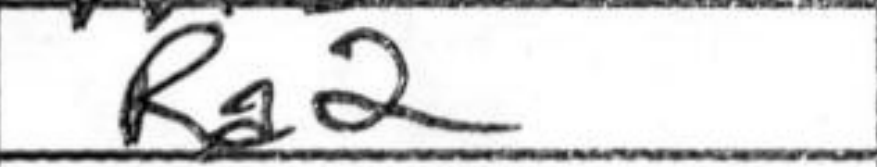
Transcription: Ra2